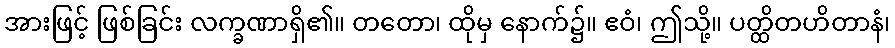
အားဖြင့် ဖြစ်ခြင်း လက္ခဏာရှိ၏။ တတော၊ ထိုမှ နောက်၌။ ဧဝံ၊ ဤသို့။ ပတ္ထိတဟိတာနံ၊